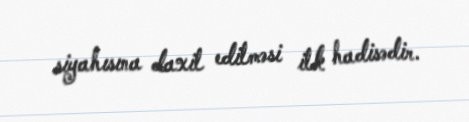
siyahısına daxil edilməsi ilk hadisədir.